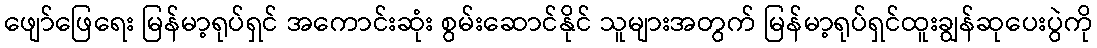
ဖျော်ဖြေရေး မြန်မာ့ရုပ်ရှင် အကောင်းဆုံး စွမ်းဆောင်နိုင် သူများအတွက် မြန်မာ့ရုပ်ရှင်ထူးချွန်ဆုပေးပွဲကို